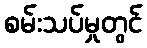
စမ်းသပ်မှုတွင်